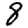
Digit: 8